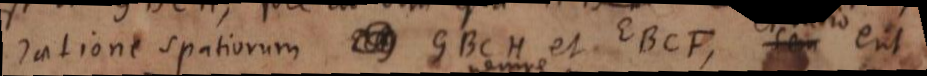
ratione spatiorum GBCH et EBCF, seu erit